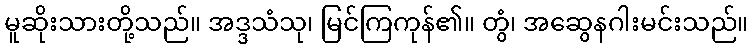
မူဆိုးသားတို့သည်။ အဒ္ဒသံသု၊ မြင်ကြကုန်၏။ တွံ၊ အဆွေနဂါးမင်းသည်။